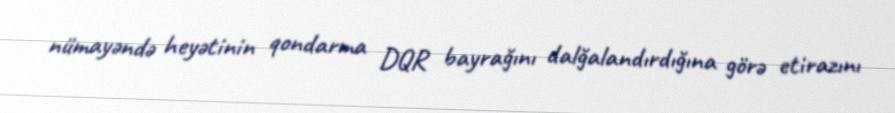
nümayəndə heyətinin qondarma DQR bayrağını dalğalandırdığına görə etirazını